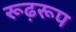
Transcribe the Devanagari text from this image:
रूढ़रूप